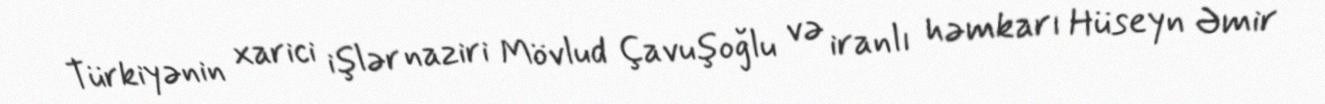
Türkiyənin xarici işlər naziri Mövlud Çavuşoğlu və iranlı həmkarı Hüseyn Əmir